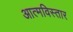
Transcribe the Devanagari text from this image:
आत्मविस्तार